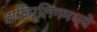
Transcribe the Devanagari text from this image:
दाजिर्लिंगमध्ये